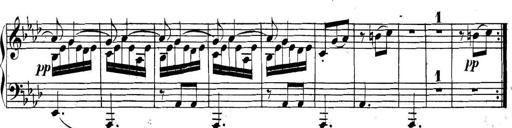
Title: Collected Piano Sonatas
Composer: Muzio Clementi